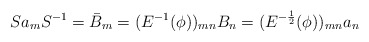
\begin{align*}S a_{m}S^{-1} = \bar{B}_{m} = (E^{-1}(\phi))_{mn}B_{n} = (E^{-\frac{1}{2}}(\phi))_{mn} a_{n}\end{align*}